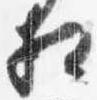
相